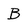
Character: B